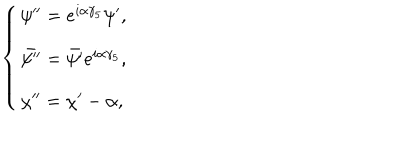
\left\{ \begin{array} { l } { { \psi ^ { \prime \prime } = e ^ { i \alpha \gamma _ { 5 } } \psi ^ { \prime } , } } \\ { { \bar { \psi ^ { \prime \prime } } = \bar { \psi ^ { \prime } } e ^ { i \alpha \gamma _ { 5 } } , } } \\ { { \chi ^ { \prime \prime } = \chi ^ { \prime } - \alpha , } } \\ \end{array} \right.